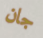
جان